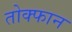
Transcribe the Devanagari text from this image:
तोक्फान